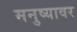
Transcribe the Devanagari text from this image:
मनुष्यावर